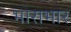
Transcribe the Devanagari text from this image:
भाराभार